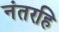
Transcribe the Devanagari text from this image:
नंतरहि